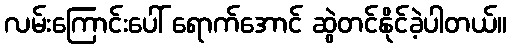
လမ်းကြောင်းပေါ် ရောက်အောင် ဆွဲတင်နိုင်ခဲ့ပါတယ်။